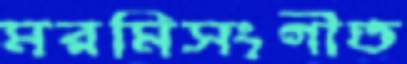
মরমিসংগীত